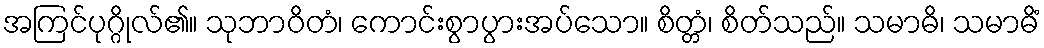
အကြင်ပုဂ္ဂိုလ်၏။ သုဘာဝိတံ၊ ကောင်းစွာပွားအပ်သော။ စိတ္တံ၊ စိတ်သည်။ သမာဓိ၊ သမာဓိံ